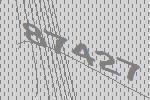
87427